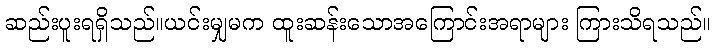
ဆည်းပူးရရှိသည်။ယင်းမျှမက ထူးဆန်းသောအကြောင်းအရာများ ကြားသိရသည်။